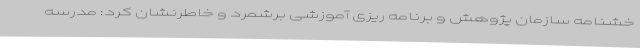
خشنامه سازمان پژوهش و برنامه ریزی آموزشی برشمرد و خاطرنشان کرد: مدرسه